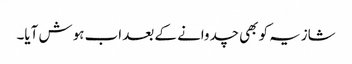
شازیہ کو بھی چدوانے کے بعد اب ہوش آیا۔